kultuurilooline_kollektsioon, lk 17
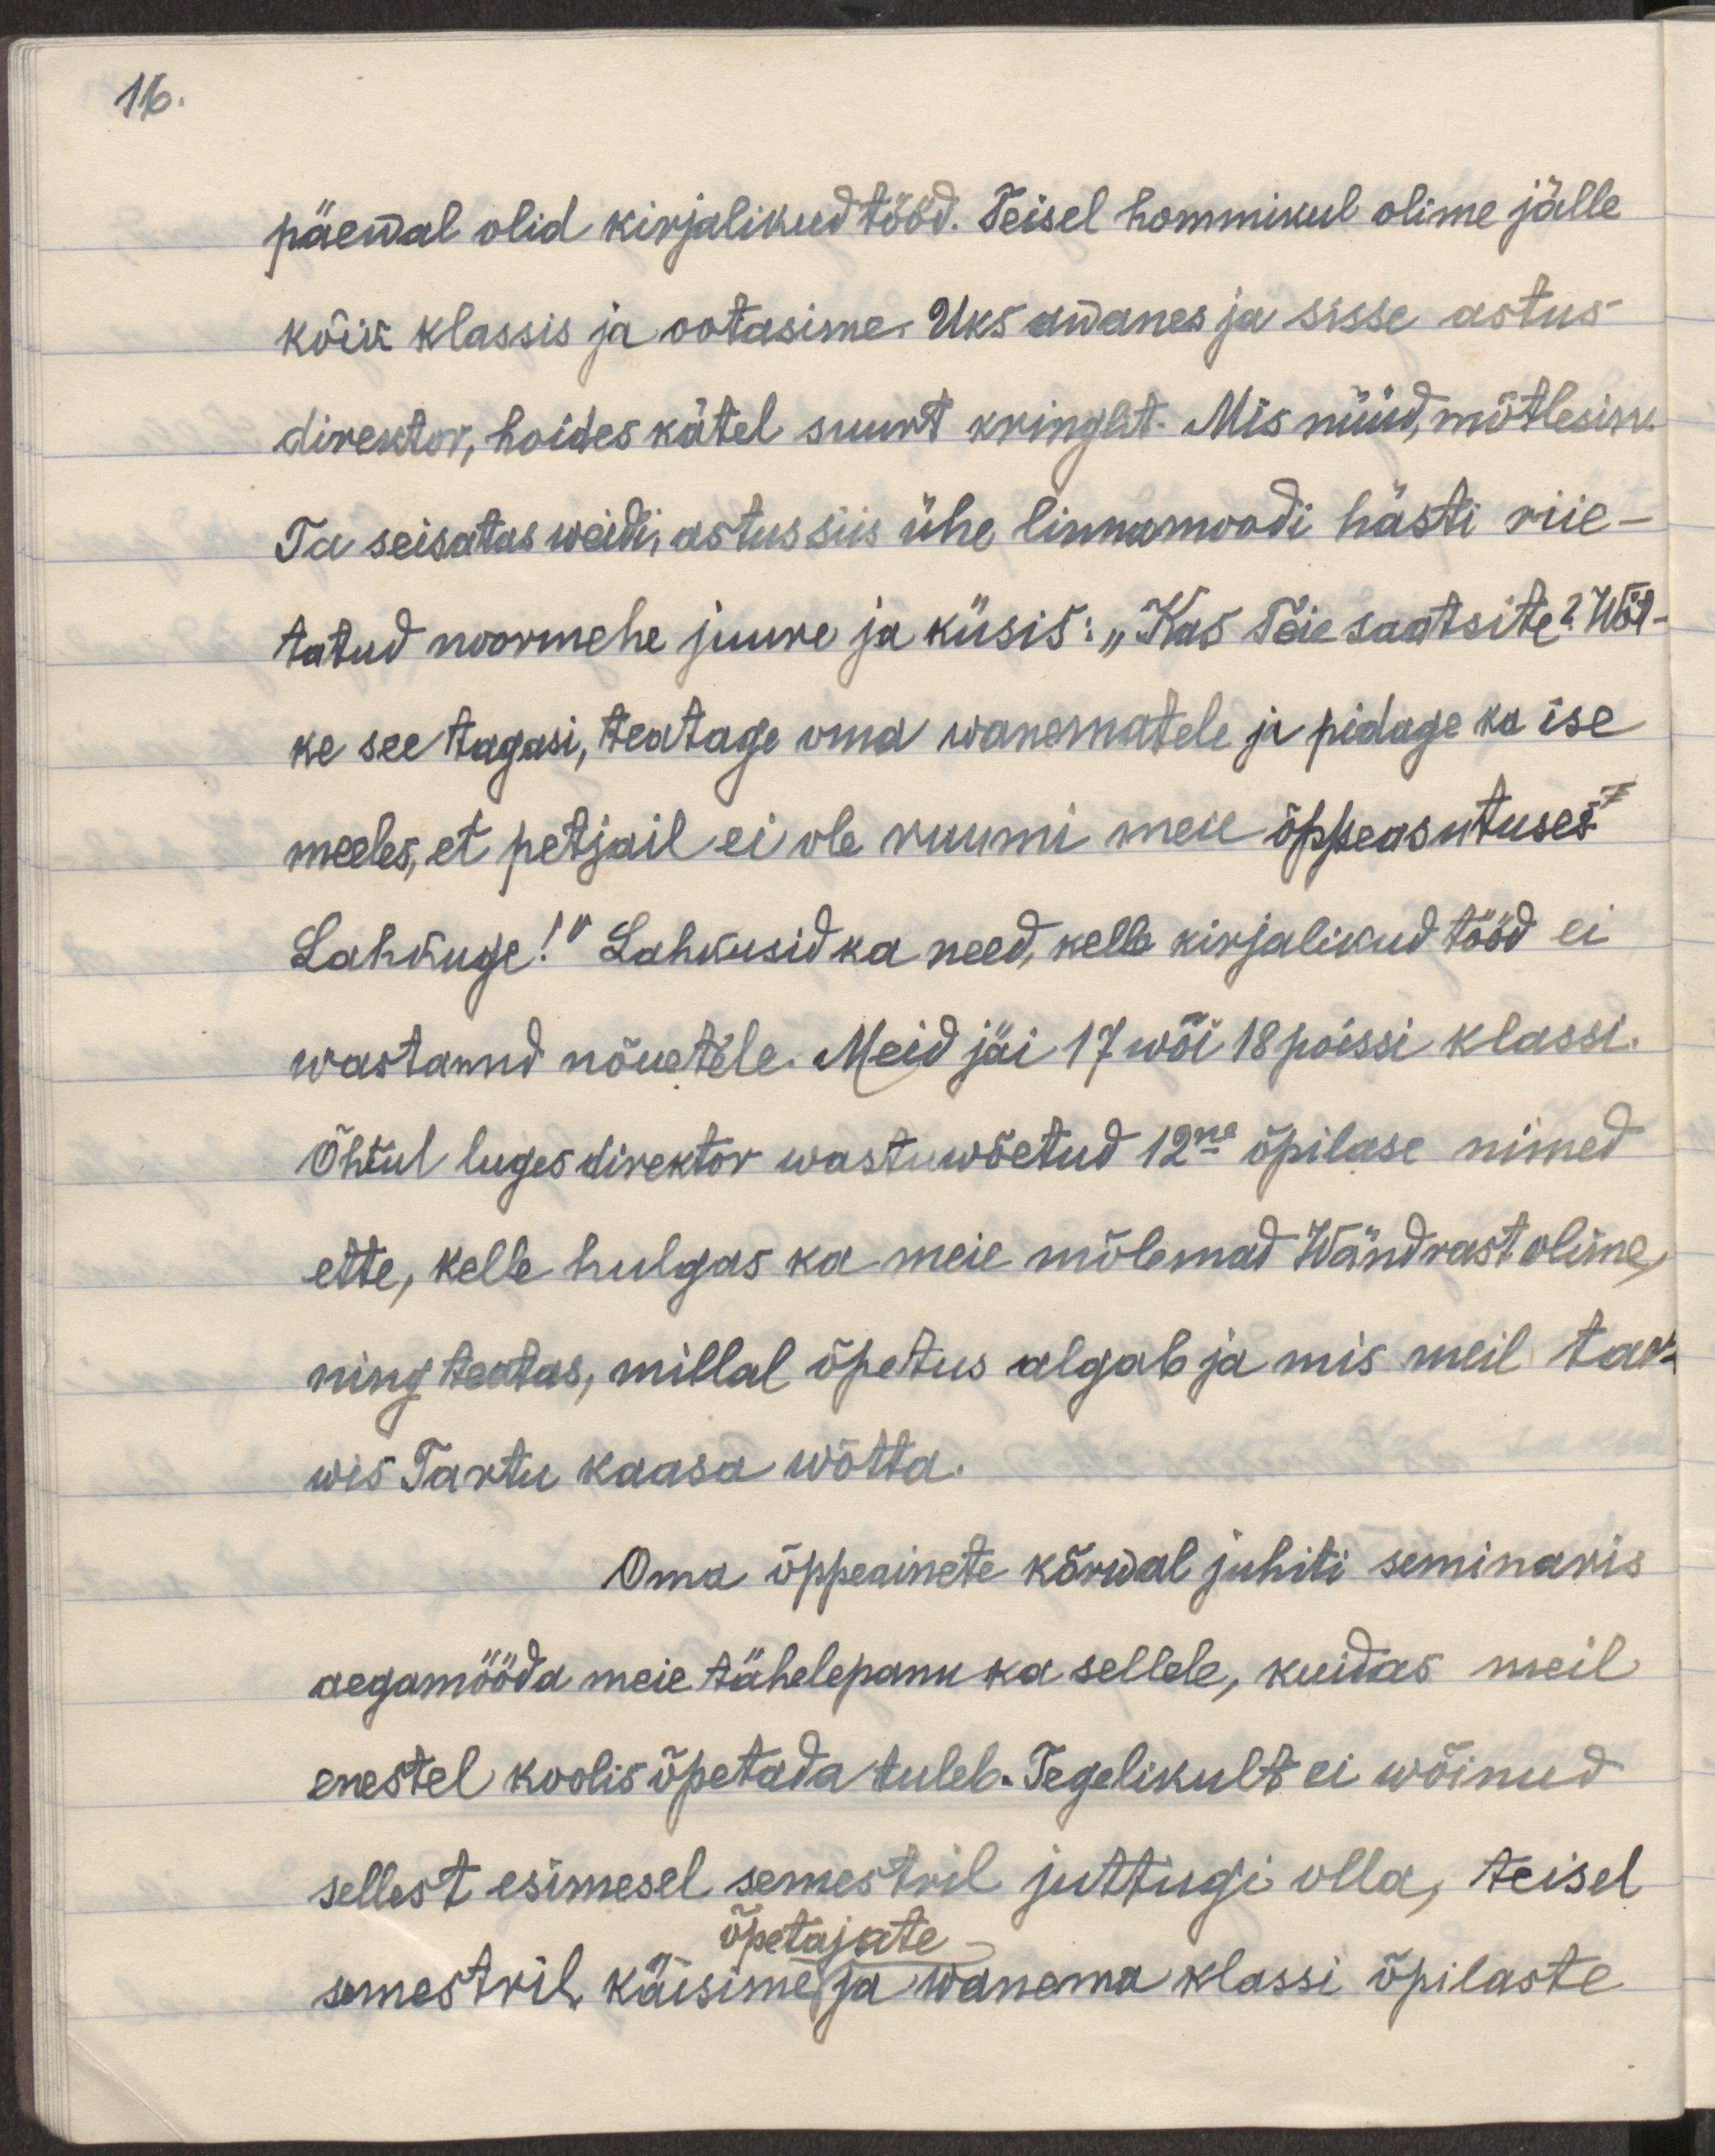
16.

päewal olid kirjalikud tööd. Teisel hommikul olime jälle
kõik klassis ja ootasime. Uks awanes ja sisse astus
direktor, hoides kätel suurt kringlit. Mis nüüd, mõtlesin.
Ta seisatas weidi, astus siis ühe linnamoodi hästi riie-
tatud noormehe juure ja küsis: "Kas Teie saatsite? Wöt-
ke see tagasi oma wanematele ja pidage ka ise
meeles, et petjail ei ole ruumi meie õppeasutuses.
Lahkuge!" Lahkusid ka need, kelle kirjalikud tööd ei
wastanud nõuetele. Meid jäi 17 wõi 18 poissi klassi.
Õhtul luges direktor wastuwõetud 12ne õpilase nimed
ette, kelle hulgas ka meie mõlemad Wändrast olime,
ning teatas, millal õpetus algab ja mis meil tar-
wis Tartu kaasa wõtta.
Oma õppeainete kõrwal juhiti seminaris
aegamööda meie tähelepanu ka sellele, kuidas meil
enestel koolis õpetada tuleb. Tegelikult ei wõinud
sellest esimesel semestril juttugi olla, teisel
õpetajate
semestril käisime ja wanema klassi õpilaste